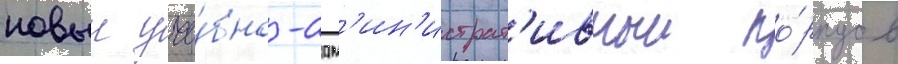
новыи уче́бно-адм'ин'истрат'ивныи ко́рпус в